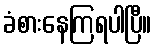
ခံစားနေကြရပါပြီ။